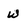
Character: w